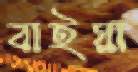
বাইয়া